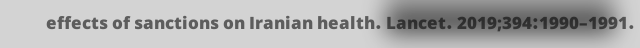
effects of sanctions on Iranian health. Lancet. 2019;394:1990–1991.